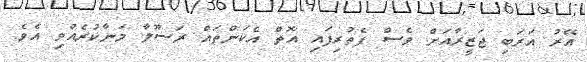
އޭރު އަރަބި ޖަޒީރާއަށް ވެސް ފެތުރިފައި އޮތް އެކަންތައް ރަސޫލާ މަނާކުރެއްވި އެވެ.